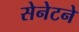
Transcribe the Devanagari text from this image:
सेनेटने